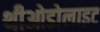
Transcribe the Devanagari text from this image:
थीओडोलाइट